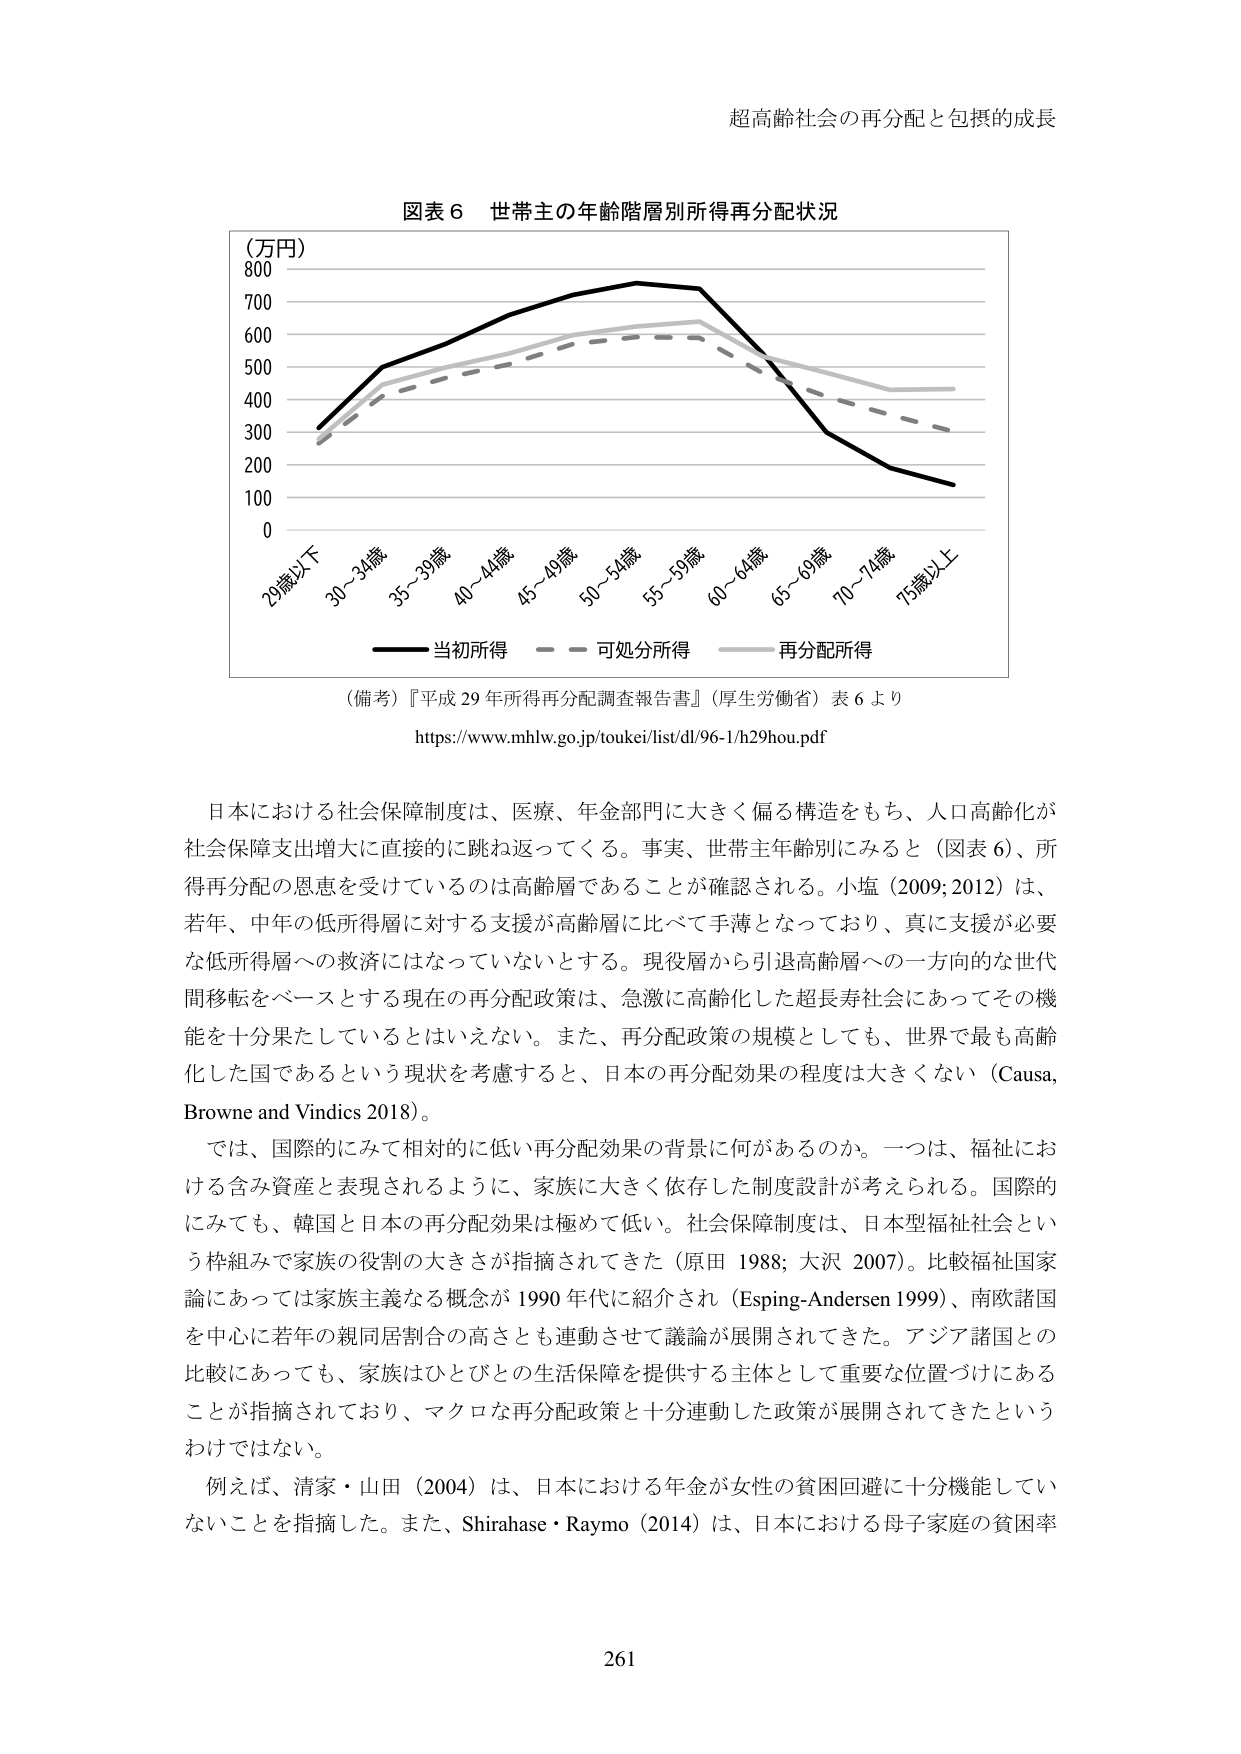
超高齢社会の再分配と包摂的成長

図表６ 世帯主の年齢階層別所得再分配状況

（万円）
800
700
600
500
400
300
200
100
0

29歳以下
30～34歳
35～39歳
40～44歳
45～49歳
50～54歳
55～59歳
60～64歳
65～69歳
70～74歳
75歳以上

―― 当初所得
―― 可処分所得
―― 再分配所得

（備考）『平成29年所得再分配調査報告書』（厚生労働省）表6より
https://www.mhlw.go.jp/toukei/list/dl/96-1/h29hou.pdf

日本における社会保障制度は、医療、年金部門に大きく偏る構造をもち、人口高齢化が
社会保障支出増大に直接的に跳ね返ってくる。事実、世帯主年齢別にみると（図表6）、所
得再分配の恩恵を受けているのは高齢層であることが確認される。小塩（2009; 2012）は、
若年、中年の低所得層に対する支援が高齢層に比べて手薄となっており、真に支援が必要
な低所得層への救済にはなっていないとする。現役層から引退高齢層への一方的な世代
間移転をベースとする現在の再分配政策は、急激に高齢化した超長寿社会にあってその機
能を十分果たしているとはいえない。また、再分配政策の規模としても、世界で最も高齢
化した国であるという現状を考慮すると、日本の再分配効果の程度は大きくない（Causa,
Browne and Vindics 2018）。

では、国際的にみて相対的に低い再分配効果の背景に何があるのか。一つは、福祉にお
ける含み資産と表現されるように、家族に大きく依存した制度設計が考えられる。国際的
にみても、韓国と日本の再分配効果は極めて低い。社会保障制度は、日本型福祉社会とい
う枠組みで家族の役割の大きさが指摘されてきた（原田 1988; 大沢 2007）。比較福祉国家
論にあっては家族主義なる概念が1990年代に紹介され（Esping-Andersen 1999）、南欧諸国
を中心に若年の親同居割合の高さとも連動させて議論が展開されてきた。アジア諸国との
比較にあっても、家族はひとびとの生活保障を提供する主体として重要な位置づけにある
ことが指摘されており、マクロな再分配政策と十分連動した政策が展開されてきたという
わけではない。

例えば、清家・山田（2004）は、日本における年金が女性の貧困回避に十分機能してい
ないことを指摘した。また、Shirahase・Raymo（2014）は、日本における母子家庭の貧困率

261